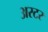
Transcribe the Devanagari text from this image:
अस्टर